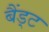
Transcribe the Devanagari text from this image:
बैंड्ट